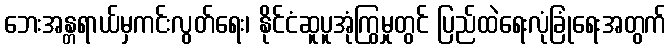
ဘေးအန္တရာယ်မှကင်းလွတ်ရေး၊ နိုင်ငံဆူပူအုံကြွမှုတွင် ပြည်ထဲရေးလုံခြုံရေးအတွက်